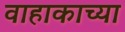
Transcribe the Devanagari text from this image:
वाहाकाच्या